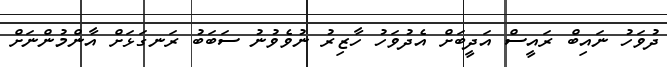
ދުވަހު ނައިބް ރައީސް އަދީބަށް އެދުވަހު ހާޒިރު ނުވެވުނު ސަބަބު ރަނގަޅަށް އާންމުންނަށް